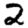
Digit: 2